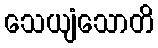
သေယျံသောတိ